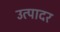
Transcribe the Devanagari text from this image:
उत्पादर